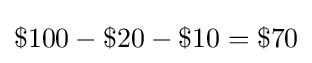
\$100-\$20-\$10=\$70